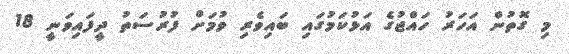
މި ގޮތުން އަހަރު ހައްޖުގެ އަޅުކަމުގައި ބައިވެރި ވުމަށް ފުރުސަތު ދީފައިވަނީ 18